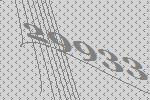
29933